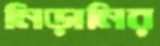
নিড়ানির